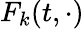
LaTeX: F_{k}(t,\cdot)